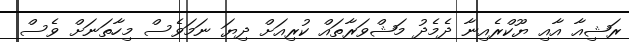
ރަޝިއާ އާއި ޔޫކްރެއިނާ ދެމެދު މަޝްވަރާތައް ކުރިއަށް ދިޔަ ނަމަވެސް މިހާތަނަށް ވެސް